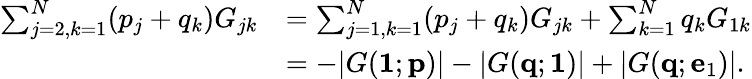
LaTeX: \begin{array}{rl}{\sum_{j=2,k=1}^{N}(p_{j}+q_{k})G_{jk}}&{=\sum_{j=1,k=1}^{N}(p_{j}+q_{k})G_{jk}+\sum_{k=1}^{N}q_{k}G_{1k}}\\ &{=-|G({\mathbf 1};{\mathbf p})|-|G({\mathbf q};{\mathbf 1})|+|G({\mathbf q};{\mathbf e}_{1})|.}\end{array}